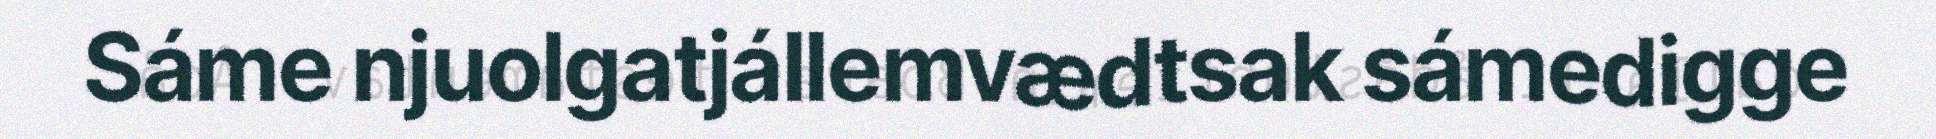
Sáme njuolgatjállemvædtsak sámedigge